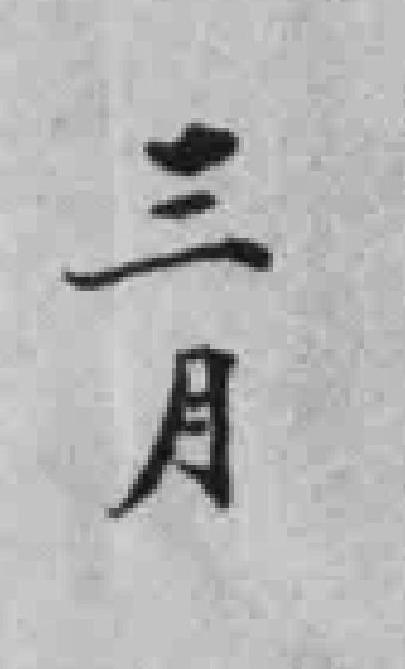
三月